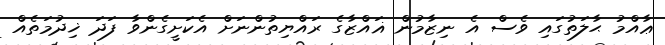
ޢާއްމު ޙާލަތުގައި ވެސް އެ ނިޒާމުން ޣައްޒާގެ ރައްޔިތުންނަށް އެކަށީގެންވާ ފަދަ ޚިދުމަތެއް